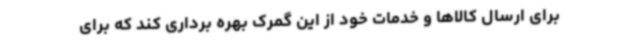
برای ارسال کالاها و خدمات خود از این گمرک بهره برداری کند که برای